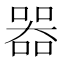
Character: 𠾖